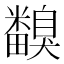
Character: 𥽙